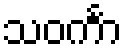
သဝင်္ကာ